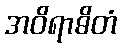
အဝိရာဓိတံ